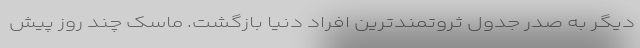
دیگر به صدر جدول ثروتمندترین افراد دنیا بازگشت. ماسک چند روز پیش